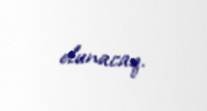
olunacaq.